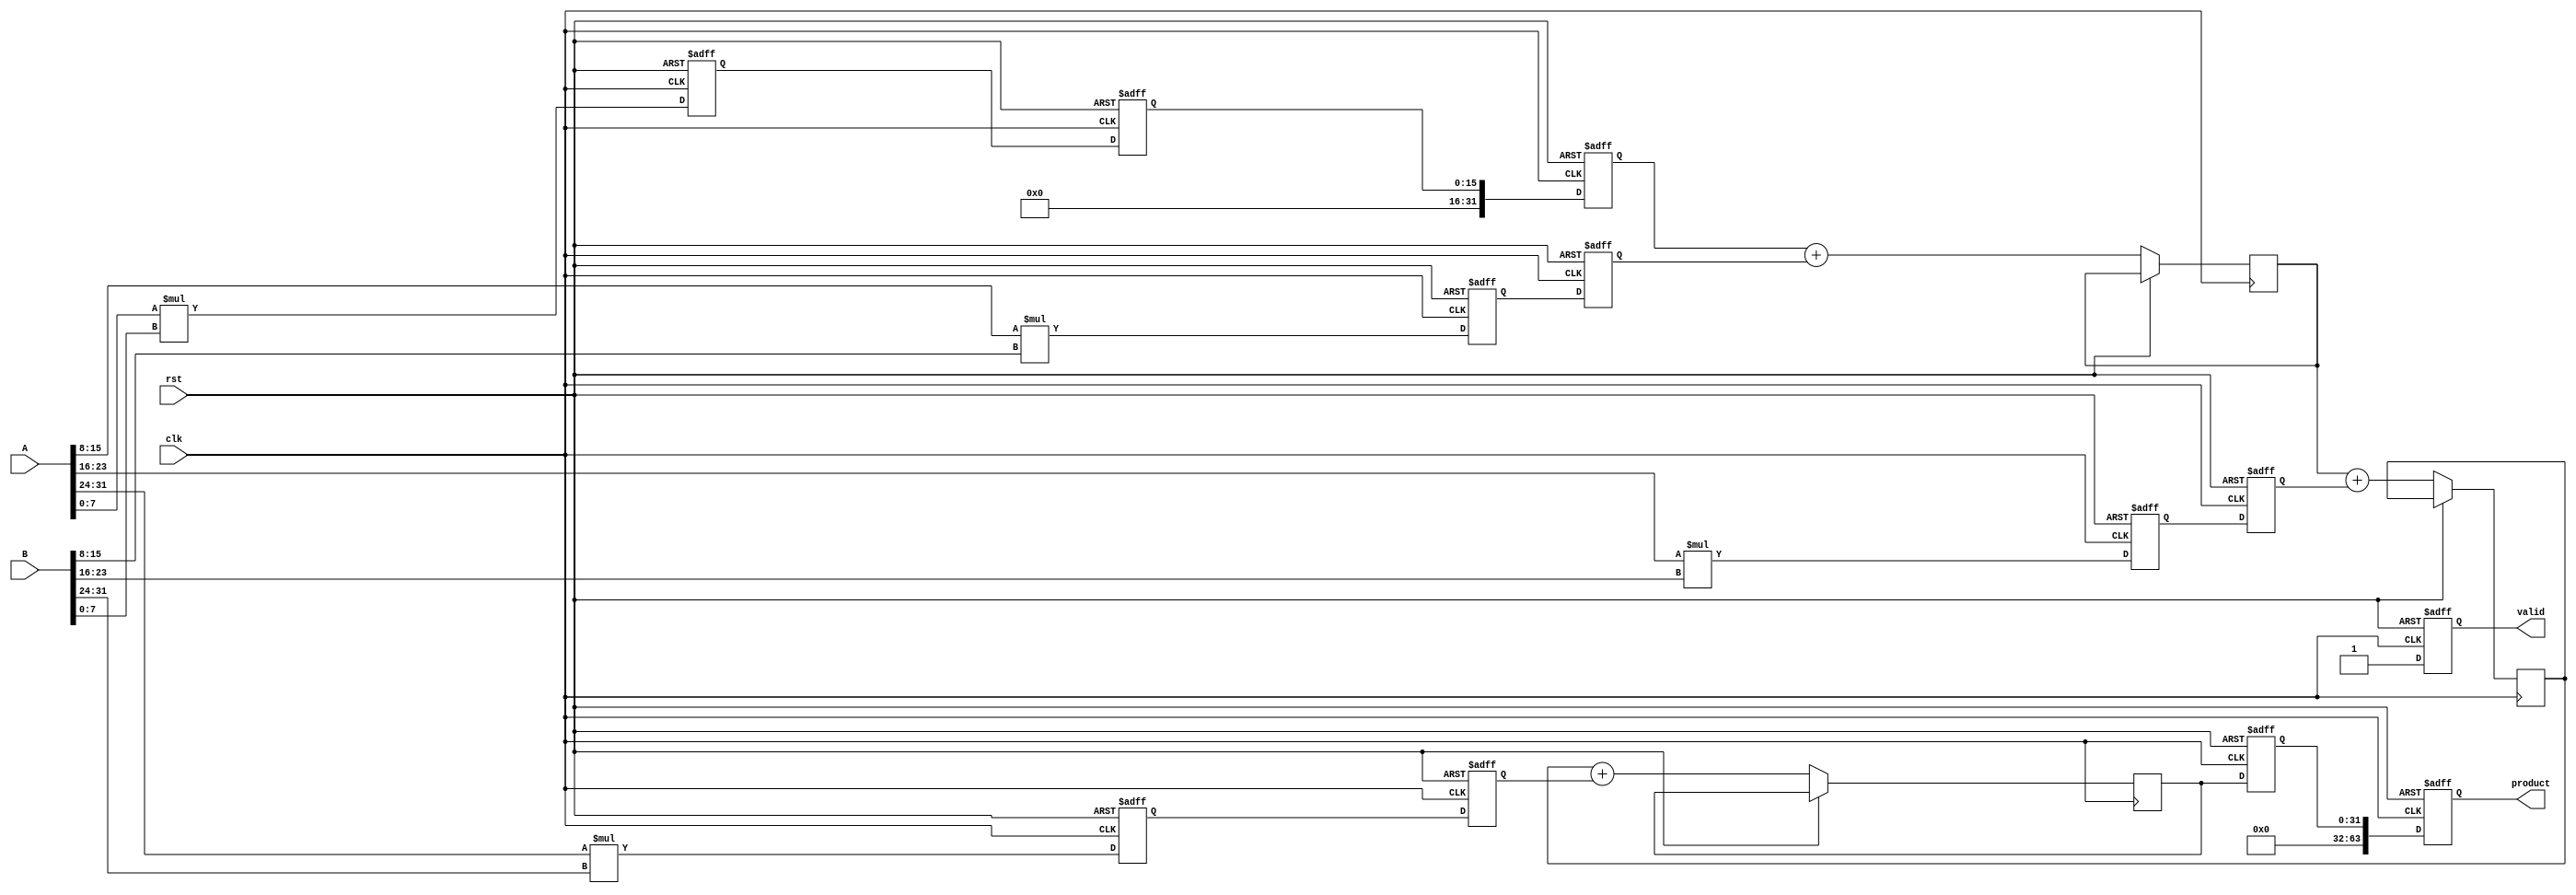
module pipelined_sliced_multiplier #(
    parameter N = 32,    // Width of operands
    parameter M = 4      // Number of slices
) (
    input wire clk,                    // Clock signal
    input wire rst,                    // Reset signal
    input wire [N-1:0] A,              // Operand A
    input wire [N-1:0] B,              // Operand B
    output reg [2*N-1:0] product,      // Resulting product
    output reg valid                   // Output valid signal
);

    localparam SLICE_WIDTH = N / M;    // Width of each slice
    reg [SLICE_WIDTH-1:0] A_slices [0:M-1];  // Slices of A
    reg [SLICE_WIDTH-1:0] B_slices [0:M-1];  // Slices of B
    reg [2*SLICE_WIDTH-1:0] partial_products [0:M-1]; // Partial products

    // Pipeline registers
    reg [2*SLICE_WIDTH-1:0] pp_reg [0:M-1]; // Register to hold partial products
    reg [N-1:0] sum_reg [0:M-1];             // Register to hold summed partial products
    reg [N-1:0] final_sum;                   // Final sum of all partial products

    integer i;

    // Slicing the input operands
    always @(*) begin
        for (i = 0; i < M; i = i + 1) begin
            A_slices[i] = A[i*SLICE_WIDTH +: SLICE_WIDTH];
            B_slices[i] = B[i*SLICE_WIDTH +: SLICE_WIDTH];
        end
    end

    // Pipeline Stage 1: Slice Multiplication
    always @(posedge clk or posedge rst) begin
        if (rst) begin
            for (i = 0; i < M; i = i + 1) begin
                partial_products[i] <= 0;
            end
        end else begin
            for (i = 0; i < M; i = i + 1) begin
                partial_products[i] <= A_slices[i] * B_slices[i];
            end
        end
    end

    // Pipeline Stage 2: Register the partial products
    always @(posedge clk or posedge rst) begin
        if (rst) begin
            for (i = 0; i < M; i = i + 1) begin
                pp_reg[i] <= 0;
            end
        end else begin
            for (i = 0; i < M; i = i + 1) begin
                pp_reg[i] <= partial_products[i];
            end
        end
    end

    // Pipeline Stage 3: Addition of Partial Products
    always @(posedge clk or posedge rst) begin
        if (rst) begin
            final_sum <= 0;
            sum_reg[0] <= 0;
        end else begin
            sum_reg[0] <= pp_reg[0];
            for (i = 1; i < M; i = i + 1) begin
                sum_reg[i] <= sum_reg[i-1] + pp_reg[i];
            end
            final_sum <= sum_reg[M-1];
        end
    end

    // Output assignment
    always @(posedge clk or posedge rst) begin
        if (rst) begin
            product <= 0;
            valid <= 0;
        end else begin
            product <= final_sum;
            valid <= 1; // Signal that the product is valid
        end
    end

endmodule